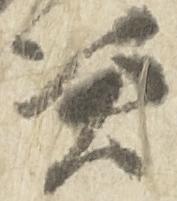
憑